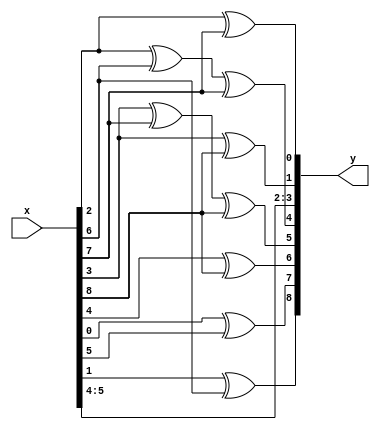
module rsdec_chien_scale7_1 (y, x);
	input [8:0] x;
	output [8:0] y;
	reg [8:0] y;
	always @ (x)
	begin
		y[0] = x[2] ^ x[7];
		y[1] = x[3] ^ x[8];
		y[2] = x[4];
		y[3] = x[5];
		y[4] = x[2] ^ x[6] ^ x[7];
		y[5] = x[3] ^ x[7] ^ x[8];
		y[6] = x[4] ^ x[8];
		y[7] = x[0] ^ x[5];
		y[8] = x[1] ^ x[6];
	end
endmodule